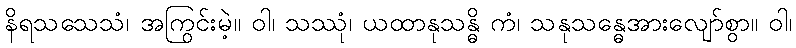
နိရသသေသံ၊ အကြွင်းမဲ့။ ဝါ၊ သဿုံ၊ ယထာနုသန္ဓိ ကံ၊ သနုသန္ဓေအားလျော်စွာ။ ဝါ၊